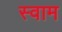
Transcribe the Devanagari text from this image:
स्वाम